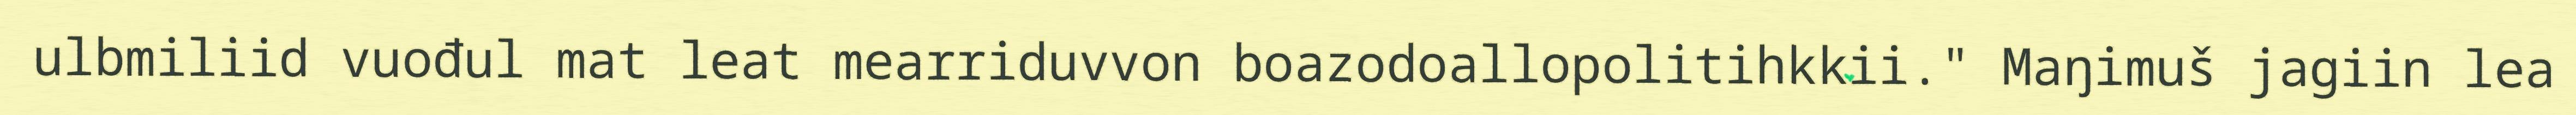
ulbmiliid vuođul mat leat mearriduvvon boazodoallopolitihkkii." Maŋimuš jagiin lea